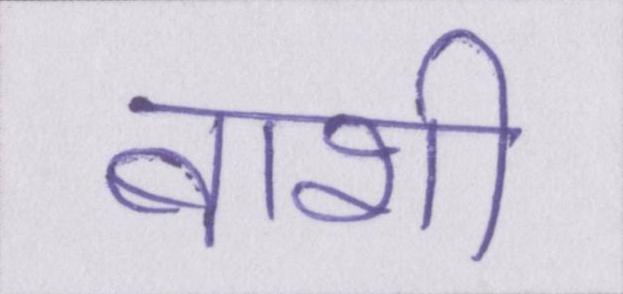
बाशी